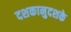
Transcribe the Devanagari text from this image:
दशकानुदशके